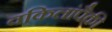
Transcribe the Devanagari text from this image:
वकिलांपैकी